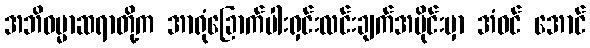
အဘိဓမ္မာဆရာတို့က အာရုံခြောက်ပါးရှင်းလင်းချက်အပိုင်းမှာ အံဝင် အောင်